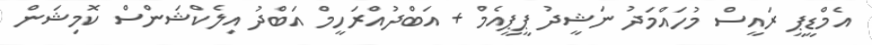
އެމްޑީޕީ ރައީސް މުހައްމަދު ނަޝީދު ޕީޕީއެމް + އަބްދުއްރަހީމް އަބްދު އިލެކްޝަންސް ކޮމިޝަން